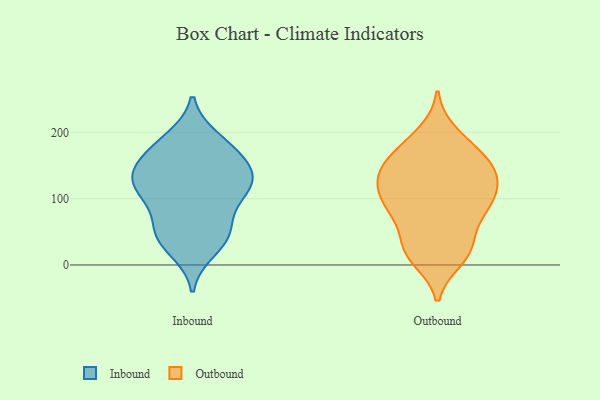
{"axis": {"x": "Revenue (USD Million)", "y": "Value"}, "legend": ["Inbound", "Outbound"], "data": [{"x": "", "y": 43, "type": "Inbound"}, {"x": "", "y": 126, "type": "Inbound"}, {"x": "", "y": 41, "type": "Inbound"}, {"x": "", "y": 54, "type": "Inbound"}, {"x": "", "y": 133, "type": "Inbound"}, {"x": "", "y": 190, "type": "Inbound"}, {"x": "", "y": 103, "type": "Inbound"}, {"x": "", "y": 115, "type": "Inbound"}, {"x": "", "y": 58, "type": "Inbound"}, {"x": "", "y": 169, "type": "Inbound"}, {"x": "", "y": 23, "type": "Inbound"}, {"x": "", "y": 139, "type": "Inbound"}, {"x": "", "y": 102, "type": "Inbound"}, {"x": "", "y": 146, "type": "Inbound"}, {"x": "", "y": 184, "type": "Inbound"}, {"x": "", "y": 119, "type": "Inbound"}, {"x": "", "y": 164, "type": "Inbound"}, {"x": "", "y": 152, "type": "Outbound"}, {"x": "", "y": 71, "type": "Outbound"}, {"x": "", "y": 94, "type": "Outbound"}, {"x": "", "y": 174, "type": "Outbound"}, {"x": "", "y": 139, "type": "Outbound"}, {"x": "", "y": 143, "type": "Outbound"}, {"x": "", "y": 94, "type": "Outbound"}, {"x": "", "y": 122, "type": "Outbound"}, {"x": "", "y": 23, "type": "Outbound"}, {"x": "", "y": 139, "type": "Outbound"}, {"x": "", "y": 198, "type": "Outbound"}, {"x": "", "y": 96, "type": "Outbound"}, {"x": "", "y": 10, "type": "Outbound"}, {"x": "", "y": 27, "type": "Outbound"}, {"x": "", "y": 116, "type": "Outbound"}, {"x": "", "y": 172, "type": "Outbound"}, {"x": "", "y": 22, "type": "Outbound"}, {"x": "", "y": 75, "type": "Outbound"}]}